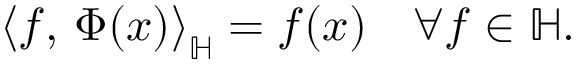
\left\langle f , \, \Phi ( x ) \right\rangle _ { \mathbb { H } } = f ( x ) \quad \forall f \in \mathbb { H } .